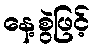
နေ့စွဲဖြင့်